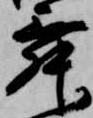
舞